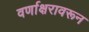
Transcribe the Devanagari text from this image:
वर्णाक्षरावरून